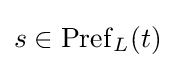
s\in \operatorname {Pref} _{L}(t)